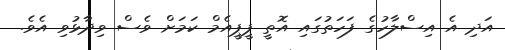
އަދި އެ އިސްލާހުގެ ފަހަތުގައި އޮތީ ޕީޕީއެމް ކަމަށް ވެސް ވިދާޅުވި އެވެ.